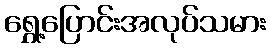
ရွှေ့ပြောင်းအလုပ်သမား